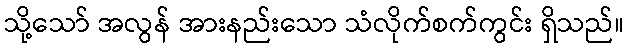
သို့သော် အလွန် အားနည်းသော သံလိုက်စက်ကွင်း ရှိသည်။